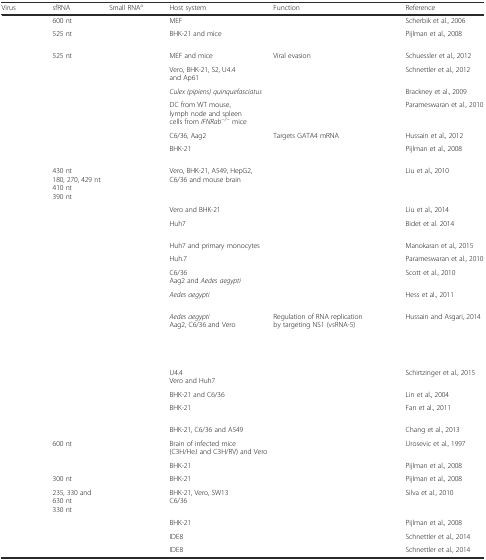
<table><thead><tr><td><b>Virus</b></td><td><b>sfRNA</b></td><td><b>Small RNA<sup>a</sup></b></td><td><b>Host system</b></td><td><b>Function</b></td><td><b>Reference</b></td></tr></thead><tbody><tr><td>[EMPTY_CELL]</td><td>600 nt</td><td>[EMPTY_CELL]</td><td>MEF</td><td>[EMPTY_CELL]</td><td>Scherbik et al., 2006</td></tr><tr><td>[EMPTY_CELL]</td><td>525 nt</td><td>[EMPTY_CELL]</td><td>BHK-21 and mice</td><td>[EMPTY_CELL]</td><td>Pijlman et al., 2008</td></tr><tr><td>[EMPTY_CELL]</td><td>525 nt</td><td>[EMPTY_CELL]</td><td>MEF and mice</td><td>Viral evasion</td><td>Schuessler et al., 2012</td></tr><tr><td>[EMPTY_CELL]</td><td>[EMPTY_CELL]</td><td>[EMPTY_CELL]</td><td>Vero, BHK-21, S2, U4.4 and Ap61</td><td>[EMPTY_CELL]</td><td>Schnettler et al., 2012</td></tr><tr><td>[EMPTY_CELL]</td><td>[EMPTY_CELL]</td><td>[EMPTY_CELL]</td><td><i>Culex (pipiens) quinquefasciatus</i></td><td>[EMPTY_CELL]</td><td>Brackney et al., 2009</td></tr><tr><td>[EMPTY_CELL]</td><td>[EMPTY_CELL]</td><td>[EMPTY_CELL]</td><td>DC from WT mouse, lymph node and spleen cells from <i>IFNRab</i><sup><i>−/−</i></sup> mice</td><td>[EMPTY_CELL]</td><td>Parameswaran et al., 2010</td></tr><tr><td>[EMPTY_CELL]</td><td>[EMPTY_CELL]</td><td>[EMPTY_CELL]</td><td>C6/36, Aag2</td><td>Targets GATA4 mRNA</td><td>Hussain et al., 2012</td></tr><tr><td>[EMPTY_CELL]</td><td>[EMPTY_CELL]</td><td>[EMPTY_CELL]</td><td>BHK-21</td><td>[EMPTY_CELL]</td><td>Pijlman et al., 2008</td></tr><tr><td>[EMPTY_CELL]</td><td>430 nt180, 270, 429 nt410 nt390 nt</td><td>[EMPTY_CELL]</td><td>Vero, BHK-21, A549, HepG2, C6/36 and mouse brain</td><td>[EMPTY_CELL]</td><td>Liu et al., 2010</td></tr><tr><td>[EMPTY_CELL]</td><td>[EMPTY_CELL]</td><td>[EMPTY_CELL]</td><td>Vero and BHK-21</td><td>[EMPTY_CELL]</td><td>Liu et al., 2014</td></tr><tr><td>[EMPTY_CELL]</td><td>[EMPTY_CELL]</td><td>[EMPTY_CELL]</td><td>Huh7</td><td>[EMPTY_CELL]</td><td>Bidet et al. 2014</td></tr><tr><td>[EMPTY_CELL]</td><td>[EMPTY_CELL]</td><td>[EMPTY_CELL]</td><td>Huh7 and primary monocytes</td><td>[EMPTY_CELL]</td><td>Manokaran et al., 2015</td></tr><tr><td>[EMPTY_CELL]</td><td>[EMPTY_CELL]</td><td>[EMPTY_CELL]</td><td>Huh.7</td><td>[EMPTY_CELL]</td><td>Parameswaran et al., 2010</td></tr><tr><td>[EMPTY_CELL]</td><td>[EMPTY_CELL]</td><td>[EMPTY_CELL]</td><td>C6/36Aag2 and <i>Aedes aegypti</i></td><td>[EMPTY_CELL]</td><td>Scott et al., 2010</td></tr><tr><td>[EMPTY_CELL]</td><td>[EMPTY_CELL]</td><td>[EMPTY_CELL]</td><td><i>Aedes aegypti</i></td><td>[EMPTY_CELL]</td><td>Hess et al., 2011</td></tr><tr><td>[EMPTY_CELL]</td><td>[EMPTY_CELL]</td><td>[EMPTY_CELL]</td><td><i>Aedes aegypti</i>Aag2, C6/36 and Vero</td><td>Regulation of RNA replication by targeting NS1 (vsRNA-5)</td><td>Hussain and Asgari, 2014</td></tr><tr><td>[EMPTY_CELL]</td><td>[EMPTY_CELL]</td><td>[EMPTY_CELL]</td><td>U4.4Vero and Huh7</td><td>[EMPTY_CELL]</td><td>Schirtzinger et al., 2015</td></tr><tr><td>[EMPTY_CELL]</td><td>[EMPTY_CELL]</td><td>[EMPTY_CELL]</td><td>BHK-21 and C6/36</td><td>[EMPTY_CELL]</td><td>Lin et al., 2004</td></tr><tr><td>[EMPTY_CELL]</td><td>[EMPTY_CELL]</td><td>[EMPTY_CELL]</td><td>BHK-21</td><td>[EMPTY_CELL]</td><td>Fan et al., 2011</td></tr><tr><td>[EMPTY_CELL]</td><td>[EMPTY_CELL]</td><td>[EMPTY_CELL]</td><td>BHK-21, C6/36 and A549</td><td>[EMPTY_CELL]</td><td>Chang et al., 2013</td></tr><tr><td>[EMPTY_CELL]</td><td>600 nt</td><td>[EMPTY_CELL]</td><td>Brain of infected mice (C3H/HeJ and C3H/RV) and Vero</td><td>[EMPTY_CELL]</td><td>Urosevic et al., 1997</td></tr><tr><td>[EMPTY_CELL]</td><td>[EMPTY_CELL]</td><td>[EMPTY_CELL]</td><td>BHK-21</td><td>[EMPTY_CELL]</td><td>Pijlman et al., 2008</td></tr><tr><td>[EMPTY_CELL]</td><td>300 nt</td><td>[EMPTY_CELL]</td><td>BHK-21</td><td>[EMPTY_CELL]</td><td>Pijlman et al., 2008</td></tr><tr><td>[EMPTY_CELL]</td><td>235, 330 and 630 nt330 nt</td><td>[EMPTY_CELL]</td><td>BHK-21, Vero, SW13C6/36</td><td>[EMPTY_CELL]</td><td>Silva et al., 2010</td></tr><tr><td>[EMPTY_CELL]</td><td>[EMPTY_CELL]</td><td>[EMPTY_CELL]</td><td>BHK-21</td><td>[EMPTY_CELL]</td><td>Pijlman et al., 2008</td></tr><tr><td>[EMPTY_CELL]</td><td>[EMPTY_CELL]</td><td>[EMPTY_CELL]</td><td>IDE8</td><td>[EMPTY_CELL]</td><td>Schnettler et al., 2014</td></tr><tr><td>[EMPTY_CELL]</td><td>[EMPTY_CELL]</td><td>[EMPTY_CELL]</td><td>IDE8</td><td>[EMPTY_CELL]</td><td>Schnettler et al., 2014</td></tr></tbody></table>